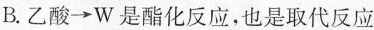
B.乙酸\rightarrow W是酯化反应，也是取代反应